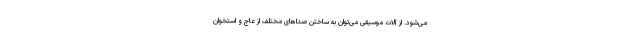
می‌شود. از آلات موسیقی می‌توان به ساختن صداهای مختلف از عاج و استخوان